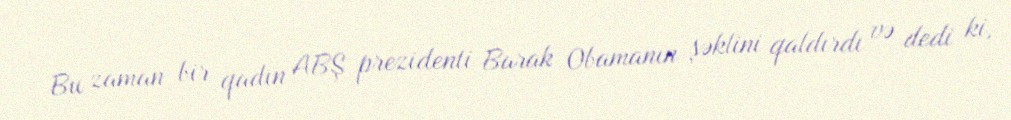
Bu zaman bir qadın ABŞ prezidenti Barak Obamanın şəklini qaldırdı və dedi ki,